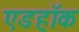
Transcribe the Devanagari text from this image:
एडहॉक